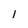
Character: 1